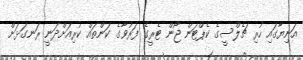
އަނިޔާގައި ހުރި ޗެލްސީގެ ކެޕްޓަން ޖޯން ޓެރީގެ ފަރުވާގެ ކަންތައް ކުރިއަށްދަނީ ރަނގަޅަށް